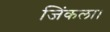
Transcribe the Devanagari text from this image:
जिंकला।